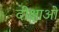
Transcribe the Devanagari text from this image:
दीक्षाओं